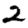
Digit: 2